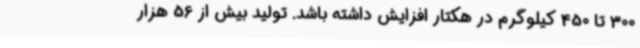
300 تا 450 کیلوگرم در هکتار افزایش داشته باشد. تولید بیش از 56 هزار